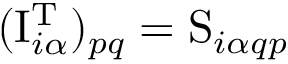
( \mathrm { I } _ { i \alpha } ^ { \mathrm { T } } ) _ { p q } = \mathrm { S } _ { i \alpha q p }